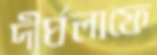
দীর্ঘলাফে